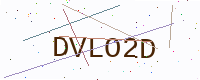
Text: DVLO2D